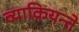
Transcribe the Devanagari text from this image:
व्याक्रियन्ते